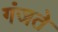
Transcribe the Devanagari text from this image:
गंजते